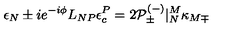
\epsilon _ { N } \pm i e ^ { - i \phi } L _ { N P } \epsilon _ { c } ^ { P } = 2 { \cal P } _ { \pm } ^ { ( - ) } | _ { N } ^ { M } \kappa _ { M \mp }